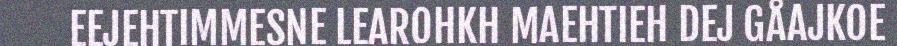
EEJEHTIMMESNE LEAROHKH MAEHTIEH DEJ GÅAJKOE